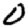
Digit: 0